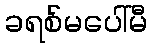
ခရစ်မပေါ်မီ